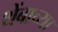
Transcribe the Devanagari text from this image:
थेंबाच्या